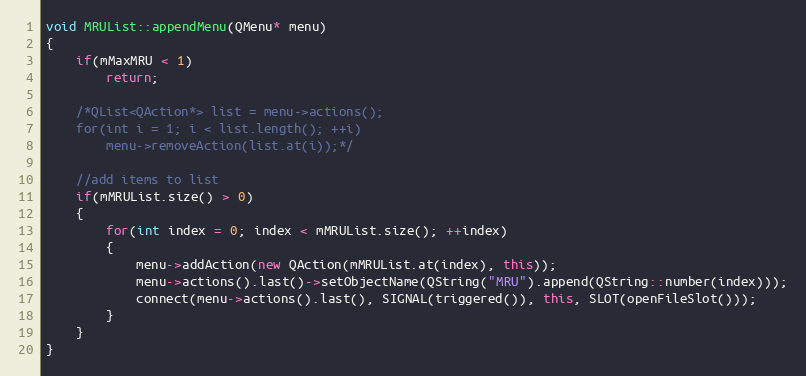
Language: C++
void MRUList::appendMenu(QMenu* menu)
{
    if(mMaxMRU < 1)
        return;

    /*QList<QAction*> list = menu->actions();
    for(int i = 1; i < list.length(); ++i)
        menu->removeAction(list.at(i));*/

    //add items to list
    if(mMRUList.size() > 0)
    {
        for(int index = 0; index < mMRUList.size(); ++index)
        {
            menu->addAction(new QAction(mMRUList.at(index), this));
            menu->actions().last()->setObjectName(QString("MRU").append(QString::number(index)));
            connect(menu->actions().last(), SIGNAL(triggered()), this, SLOT(openFileSlot()));
        }
    }
}